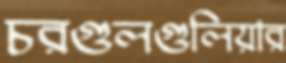
চরগুলগুলিয়ার